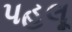
પહલૂ